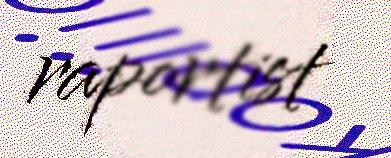
raportist